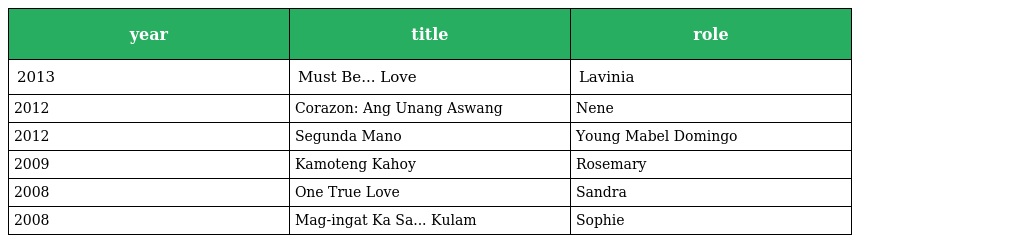
| year | title | role |
 | --- | --- | --- |
 | 2013 | Must Be... Love | Lavinia |
 | 2012 | Corazon: Ang Unang Aswang | Nene |
 | 2012 | Segunda Mano | Young Mabel Domingo |
 | 2009 | Kamoteng Kahoy | Rosemary |
 | 2008 | One True Love | Sandra |
 | 2008 | Mag-ingat Ka Sa... Kulam | Sophie |